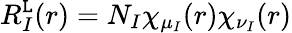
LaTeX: R_{I}^{\mathtt{L}}(r)=N_{I}\chi_{\mu_{I}}(r)\chi_{\nu_{I}}(r)